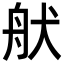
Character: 𦨚